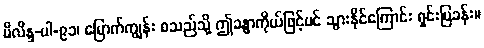
မိလိန္ဒ-ပါ-၉၁၊ မြောက်ကျွန်း စသည်သို့ ဤခန္ဓာကိုယ်ဖြင့်ပင် သွားနိုင်ကြောင်း ရှင်းပြခန်း။